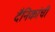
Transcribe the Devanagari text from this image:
दैनिकांची